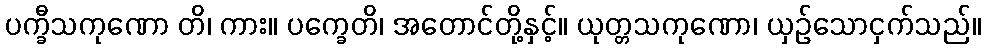
ပက္ခီသကုဏော တိ၊ ကား။ ပက္ခေတိ၊ အတောင်တို့နှင့်။ ယုတ္တသကုဏော၊ ယှဉ်သောငှက်သည်။